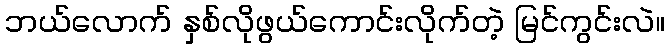
ဘယ်လောက် နှစ်လိုဖွယ်ကောင်းလိုက်တဲ့ မြင်ကွင်းလဲ။